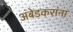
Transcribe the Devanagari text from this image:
अंबेडकरांना